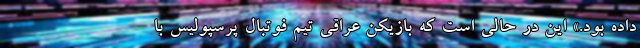
داده بود.» این در حالی است که بازیکن عراقی تیم فوتبال پرسپولیس با